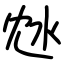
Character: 沊